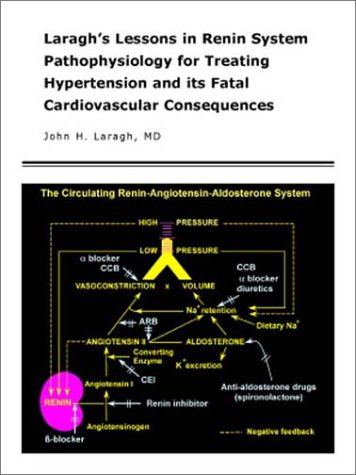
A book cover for Laragh's Lessons in Renin System Pathophysiology for Treating Hypertension and Its Fatal Cardiovascular Consequences, 1e; John H. Laragh MD; Medical Books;